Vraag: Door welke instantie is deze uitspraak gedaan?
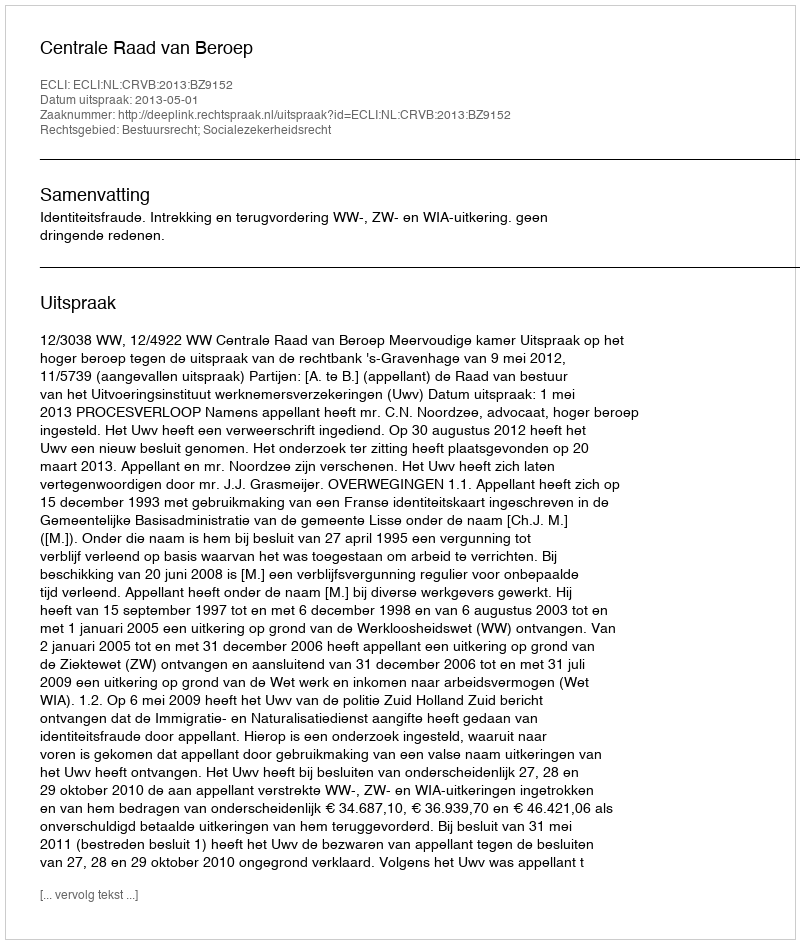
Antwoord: Centrale Raad van Beroep